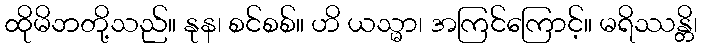
ထိုမိဘတို့သည်။ နုန၊ စင်စစ်။ ဟိ ယသ္မာ၊ အကြင်ကြောင့်။ မရိဿန္တိ၊